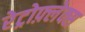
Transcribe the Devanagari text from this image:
रेट्रोफ़्लेक्स